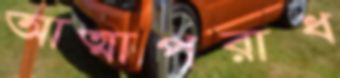
আত্মাপরাধ